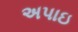
અપાઇ